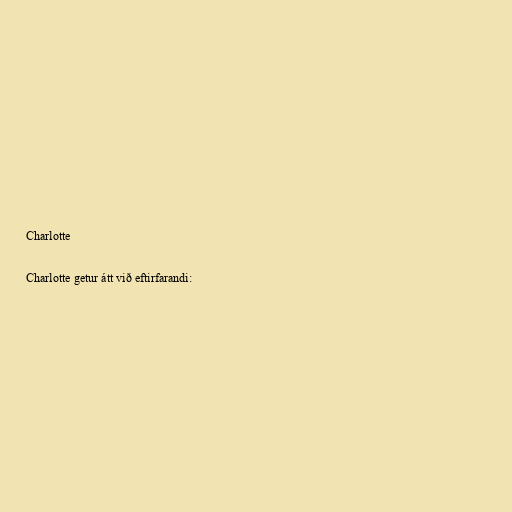
Charlotte

Charlotte getur átt við eftirfarandi: